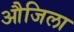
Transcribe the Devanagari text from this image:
औजिला